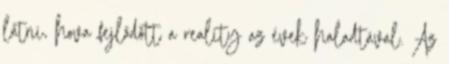
látni, hova fejlődött a reality az évek haladtával. Az